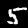
Label: 5